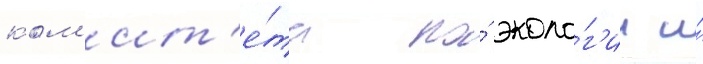
ком'ит'е́та по́ эколо́г'ии и́